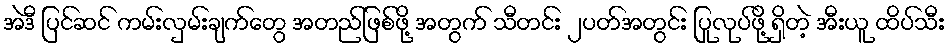
အဲဒီ ပြင်ဆင် ကမ်းလှမ်းချက်တွေ အတည်ဖြစ်ဖို့ အတွက် သီတင်း ၂ပတ်အတွင်း ပြုလုပ်ဖို့ ရှိတဲ့ အီးယူ ထိပ်သီး